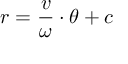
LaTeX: r = { \frac { v } { \omega } } \cdot \theta + c